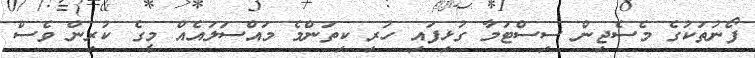
ފޯނުތަކުގެ މެސެޖިން ސިސްޓަމާ ގުޅިފައި ހުރި ކިތަންމެ މައްސަލައެއް މީގެ ކުރިން ވެސް